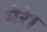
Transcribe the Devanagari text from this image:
मेरे।